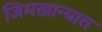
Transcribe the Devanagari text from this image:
जिमखान्यात